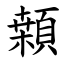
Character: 䫙